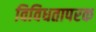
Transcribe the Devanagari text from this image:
विविधतापरक